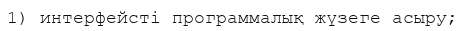
1) интерфейсті программалық жүзеге асыру;